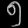
Digit: ၅